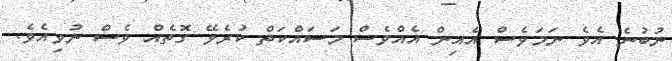
ނުބުނެ އެވެ ނަމަވެސް އެއިން އެއްވެސް މަސައްކަތް ކުރެވޭ ގޮތެއް ވެސް ނުވިއެވެ.